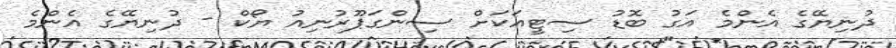
ދުނިޔޭގެ އެންމެ އަގު ބޮޑު ސިޓީއަކަށް ސިންގަޕޫރުނިއު ޔޯކް - ދުނިޔޭގެ އެންމެ